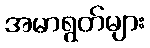
အမာရွတ်များ